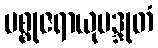
မစ္စုဇရာယုပဒ္ဒုတံ